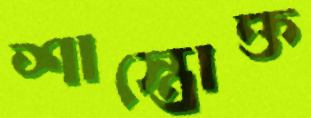
শাস্ত্রোক্ত